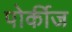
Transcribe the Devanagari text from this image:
पोर्कीज